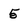
Character: 5